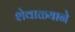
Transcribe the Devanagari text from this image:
शेवाळ्याने